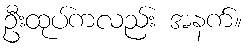
ဦးထုပ်ကလည်း အနက်။